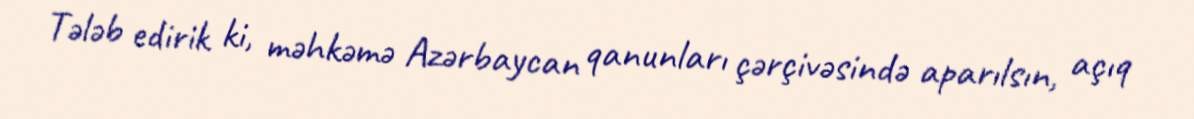
Tələb edirik ki, məhkəmə Azərbaycan qanunları çərçivəsində aparılsın, açıq